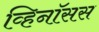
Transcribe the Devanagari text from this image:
व्हिनॉसस